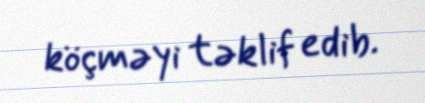
köçməyi təklif edib.